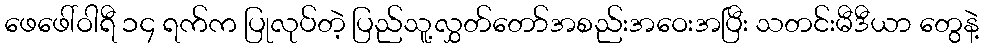
ဖေဖေါ်ဝါရီ ၁၄ ရက်က ပြုလုပ်တဲ့ ပြည်သူ့လွှတ်တော်အစည်းအဝေးအပြီး သတင်းမီဒီယာ တွေနဲ့